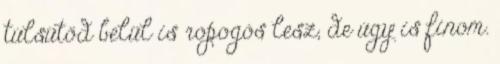
túlsütöd belül is ropogós lesz, de úgy is finom.